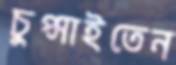
চুপ্‌সাইতেন